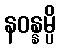
နဝန္နမ္ပိ